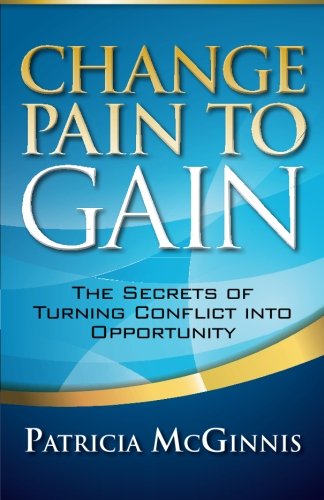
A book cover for Change Pain to Gain: The Secrets of Turning Conflict into Opportunity; Patricia McGinnis; Business & Money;